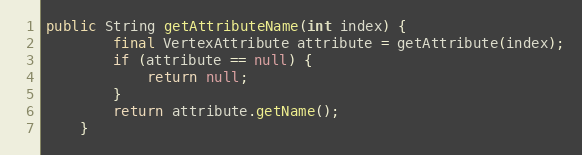
Language: Java
public String getAttributeName(int index) {
        final VertexAttribute attribute = getAttribute(index);
        if (attribute == null) {
            return null;
        }
        return attribute.getName();
    }